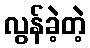
လွန်ခဲ့တဲ့